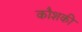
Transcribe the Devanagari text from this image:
कौशकी